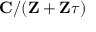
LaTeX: \mathbf { C } / ( \mathbf { Z } + \mathbf { Z } \tau )